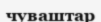
чуваштар